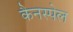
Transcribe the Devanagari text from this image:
कैनस्पेल